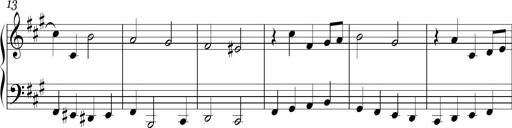
Title: Ten Piano Sonatinas
Composer: Andreas Sain